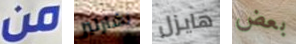
من تشارليز هايزل بعض